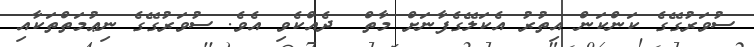
ސުވަރުގޭގެ ކަންކަން އިތުރު އެކަލޭގެފާނަށް މާތް  ދެއްކެވި އެވެ. ސުވަރުގޭގެ ނިޢުމަތްތަކާއި